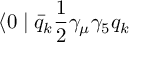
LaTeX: \langle 0 \mid \bar { q } _ { k } { \frac { 1 } { 2 } } \gamma _ { \mu } \gamma _ { 5 } q _ { k }